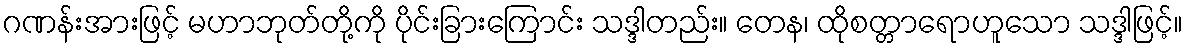
ဂဏန်းအားဖြင့် မဟာဘုတ်တို့ကို ပိုင်းခြားကြောင်း သဒ္ဒါတည်း။ တေန၊ ထိုစတ္တာရောဟူသော သဒ္ဒါဖြင့်။